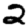
Digit: 2